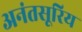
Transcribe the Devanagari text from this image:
अनंतसूरिय